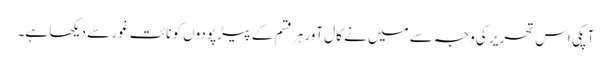
آپکی اس تحریر کی وجہ سے میں نے کال آور ہر قسم کے پیڑ پودوں کو نائت غور سے دیکھا ہے۔